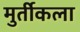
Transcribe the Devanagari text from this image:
मुर्तीकला